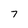
Character: 7